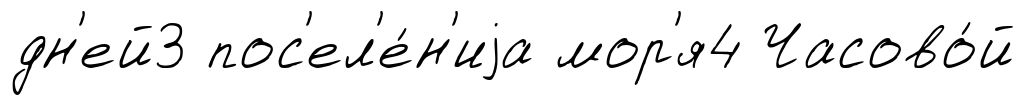
дн'ей3 пос'ел'е́н'иjа мор'я4 Часово́й